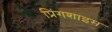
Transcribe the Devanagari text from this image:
प्रिंगशाइम